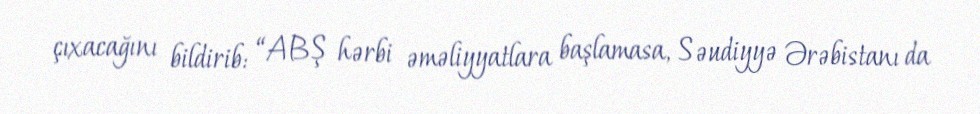
çıxacağını bildirib: “ABŞ hərbi əməliyyatlara başlamasa, Səudiyyə Ərəbistanı da